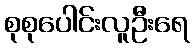
စုစုပေါင်းလူဦးရေ